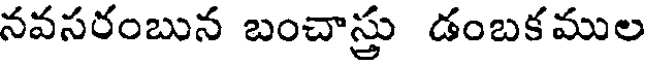
నవసరంబున బంచాస్తు డంబకముల